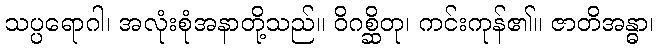
သပ္ပရောဂါ၊ အလုံးစုံအနာတို့သည်။ ဝိဂစ္ဆိတု၊ ကင်းကုန်၏။ ဇာတိအန္ဓာ၊